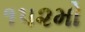
૧૫૨મો